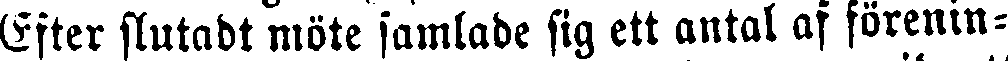
Efter slutadr möte samlade sig ett antal af förenin-